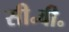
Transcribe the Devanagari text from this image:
सी॰वी॰